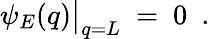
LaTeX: \psi_{E}(q)\bigr|_{q=L}\ =\ 0\ \ .